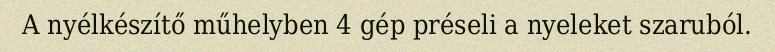
A nyélkészítő műhelyben 4 gép préseli a nyeleket szaruból.